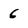
Character: 6